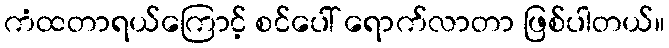
ကံထတာရယ်ကြောင့် စင်ပေါ် ရောက်လာတာ ဖြစ်ပါတယ်။